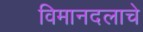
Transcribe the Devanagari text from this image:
विमानदलाचे